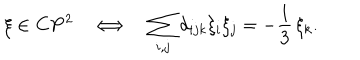
\xi \in { \bf C } { \bf P } ^ { 2 } \ \ \ \Longleftrightarrow \ \ \ \sum _ { i , j } d _ { i j k } \xi _ { i } \xi _ { j } = - \frac { 1 } { 3 } \, \xi _ { k } .